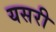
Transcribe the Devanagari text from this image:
यसरी